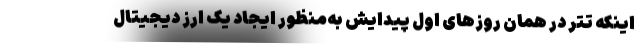
اینکه تتر در همان روزهای اول پیدایش به‌منظور ایجاد یک ارز دیجیتال